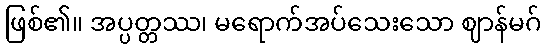
ဖြစ်၏။ အပ္ပတ္တဿ၊ မရောက်အပ်သေးသော ဈာန်မဂ်